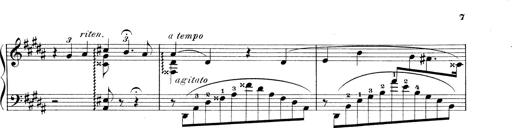
Title: 3 Ã‰tudes de concert
Composer: Franz Liszt